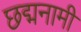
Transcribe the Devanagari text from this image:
छद्मनामी